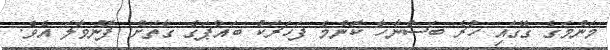
މަންމަގެ ގޭގައި ހުރެ ބަސްނާހާ ކޮންމެ ފަހަރަކު ބައްޕަގެ ގާތަށް ފޮނުވާލަ އެވެ.